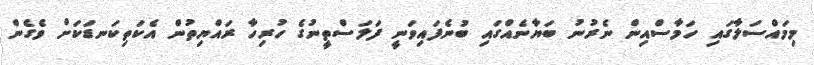
މިމައްސަލާގައި ހަމާސްއިން ނެރުނު ބަޔާނެއްގައި ބުނެފައިވަނީ ފަލަސްތީނުގެ ހުރިހާ ރައްޔިތުން އެކަތިކަނޑަކަށް ވެގެން